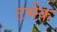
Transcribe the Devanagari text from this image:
टर्मेक